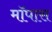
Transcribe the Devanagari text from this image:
मॉपास